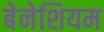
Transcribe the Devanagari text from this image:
बेनेशियम